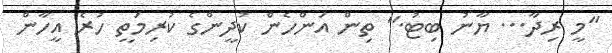
"މީ ރިދާ... ޔާނު ބިޓު." ތިން އަންހެން ކުދީންގެ ކުރިމަތީ ހުރެ އީހާން